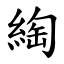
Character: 綯